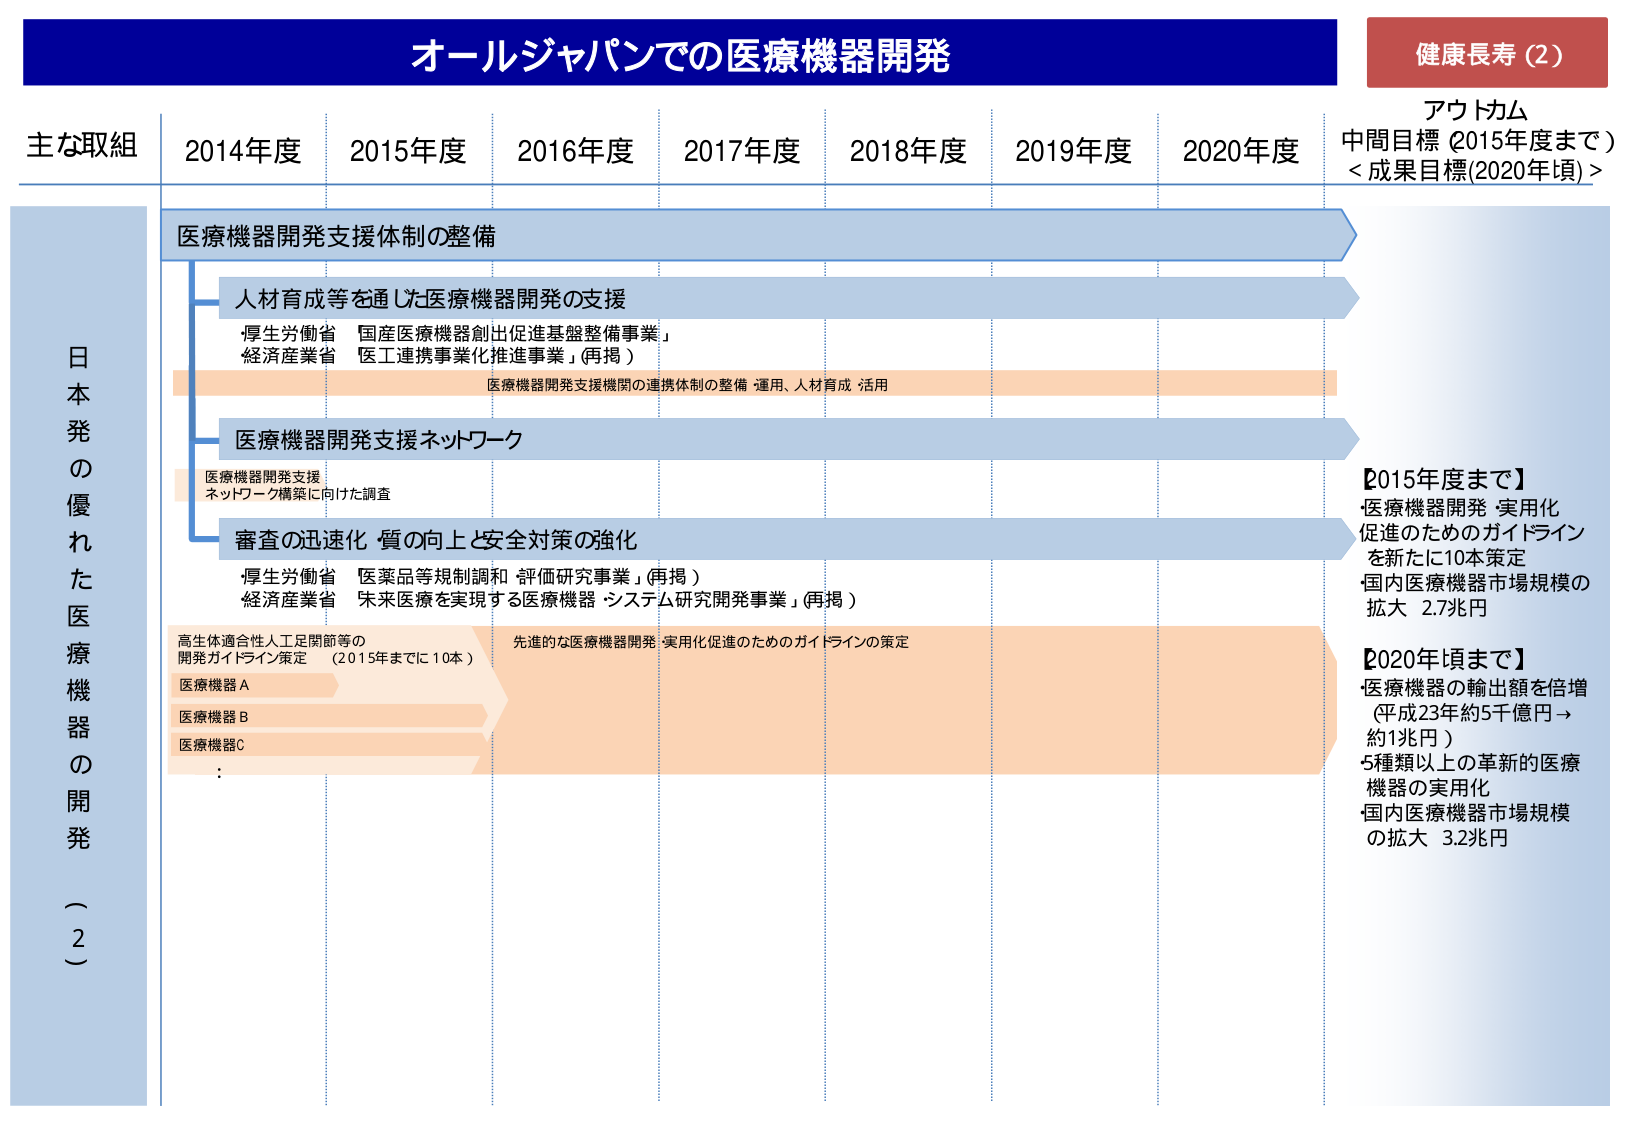
健康長寿（2）

アウトカム
中間目標（2015年度まで）
＜成果目標(2020年頃)＞

オールジャパンでの医療機器開発

主な取組
2014年度
2015年度
2016年度
2017年度
2018年度
2019年度
2020年度

日本発の優れた医療機器の開発（2）

医療機器開発支援体制の整備

人材育成等を通じた医療機器開発の支援
・厚生労働省 国産医療機器創出促進基盤整備事業」
・経済産業省 医工連携事業化推進事業」（再掲）

医療機器開発支援機関の連携体制の整備・運用、人材育成・活用

医療機器開発支援ネットワーク
医療機器開発支援
ネットワーク構築に向けた調査

審査の迅速化・質の向上と安全対策の強化
・厚生労働省 医薬品等規制調和・評価研究事業」（再掲）
・経済産業省 未来医療を実現する医療機器・システム研究開発事業」（再掲）

高生体適合性人工足関節等の
開発ガイドライン策定 （2015年までに10本）
医療機器A
医療機器B
医療機器C
：

先進的な医療機器開発・実用化促進のためのガイドラインの策定

【2015年度まで】
・医療機器開発・実用化
促進のためのガイドライン
を新たに10本策定
・国内医療機器市場規模の
拡大 2.7兆円

【2020年頃まで】
・医療機器の輸出額を倍増
（平成23年約5千億円→
約1兆円）
・5種類以上の革新的医療
機器の実用化
・国内医療機器市場規模
の拡大 3.2兆円